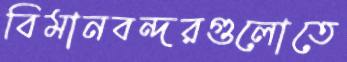
বিমানবন্দরগুলোতে